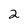
Character: 2